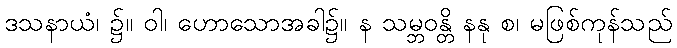
ဒသနာယံ၊ ၌။ ဝါ၊ ဟောသောအခါ၌။ န သမ္ဘဝန္တိ နနု စ၊ မဖြစ်ကုန်သည်